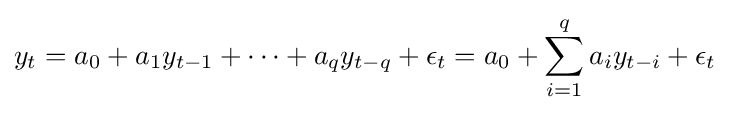
y_{t}=a_{0}+a_{1}y_{t-1}+\cdots +a_{q}y_{t-q}+\epsilon _{t}=a_{0}+\sum _{i=1}^{q}a_{i}y_{t-i}+\epsilon _{t}